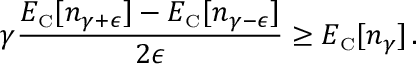
\gamma \frac { E _ { \scriptscriptstyle \mathrm { C } } [ n _ { \gamma + \epsilon } ] - E _ { \scriptscriptstyle \mathrm { C } } [ n _ { \gamma - \epsilon } ] } { 2 \epsilon } \geq E _ { \scriptscriptstyle \mathrm { C } } [ n _ { \gamma } ] \, .